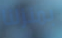
بمنزلنا